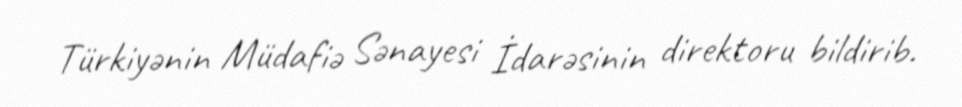
Türkiyənin Müdafiə Sənayesi İdarəsinin direktoru bildirib.